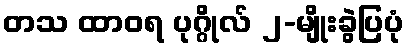
တသ ထာဝရ ပုဂ္ဂိုလ် ၂-မျိုးခွဲပြပုံ